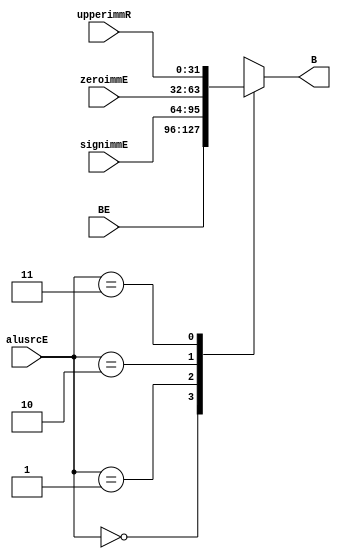
`timescale 1ns / 1ps

module muxALU (
    input[31:0] BE,
    input[31:0] signimmE,
    input[31:0] zeroimmE,
    input[31:0] upperimmR,
    input[1:0] alusrcE,
    output reg[31:0] B
);
    always @(*) 
    begin
        case (alusrcE)
            0: B <= BE;
            1: B <= signimmE;
            2: B <= zeroimmE;
            3: B <= upperimmR;
        endcase   
    end
    initial begin
        B = 0;
    end
endmodule